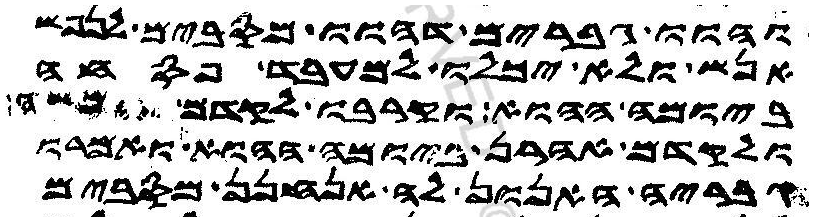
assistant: והוו גבריה דהוו מסבים לנפש
אנש ולא יכלו למעבד פסחה
ביומה ההוא וקרבו לקדם משה
ולקדם אהרן ביומה ההוא ואמרו
גבריה האנון לה אנחנן מסבים